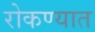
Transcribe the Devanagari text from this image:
रोकण्यात